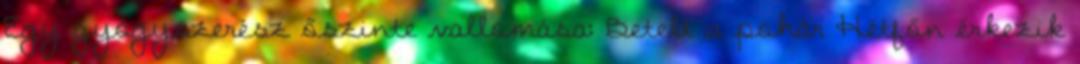
Egy gyógyszerész őszinte vallomása: Betelt a pohár Hétfőn érkezik